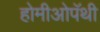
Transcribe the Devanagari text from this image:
होमीओपॅथी